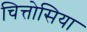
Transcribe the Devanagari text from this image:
चित्तोसिया